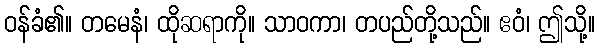
ဝန်ခံ၏။ တမေနံ၊ ထိုဆရာကို။ သာဝကာ၊ တပည်တို့သည်။ ဧဝံ၊ ဤသို့။